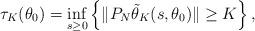
LaTeX: \begin{align*} \tau_K(\theta_0) = \inf_{s \geq 0} \left\{ \| P_N \tilde{\theta}_K(s, \theta_0) \| \geq K \right\},\end{align*}